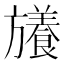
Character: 𭥉